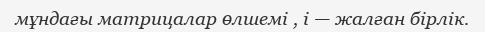
мұндағы матрицалар өлшемі , i — жалған бірлік.